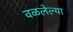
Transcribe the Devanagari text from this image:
वळलेल्या